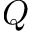
Q